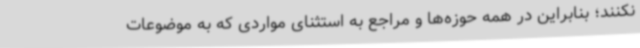
نکنند؛ بنابراین در همه حوزه‌ها و مراجع به استثنای مواردی که به موضوعات